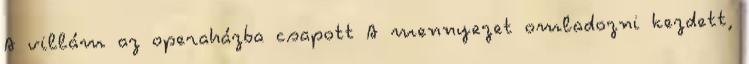
A villám az operaházba csapott A mennyezet omladozni kezdett,